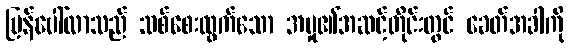
ပြန်ပေါ်လာသည် သစ်စေးထွက်သော အမှု၏အဆင့်တိုင်းတွင် ခေတ်အခါကို